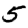
Digit: 5